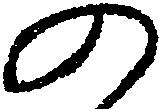
の